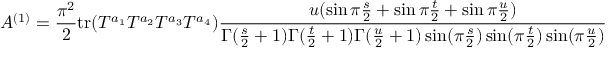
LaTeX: A ^ { ( 1 ) } = { \frac { \pi ^ { 2 } } { 2 } } \mathrm { t r } ( T ^ { a _ { 1 } } T ^ { a _ { 2 } } T ^ { a _ { 3 } } T ^ { a _ { 4 } } ) { \frac { u ( \sin \pi { \frac { s } { 2 } } + \sin \pi { \frac { t } { 2 } } + \sin \pi { \frac { u } { 2 } } ) } { \Gamma ( { \frac { s } { 2 } } + 1 ) \Gamma ( { \frac { t } { 2 } } + 1 ) \Gamma ( { \frac { u } { 2 } } + 1 ) \sin ( \pi { \frac { s } { 2 } } ) \sin ( \pi { \frac { t } { 2 } } ) \sin ( \pi { \frac { u } { 2 } } ) } }